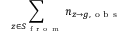
\sum _ { z \in S _ { \mathrm { ~ f ~ r ~ o ~ m ~ } } } n _ { z \to g , \mathrm { ~ o ~ b ~ s ~ } }